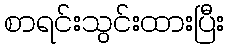
စာရင်းသွင်းထားပြီး